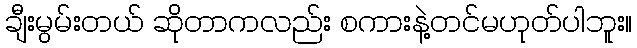
ချီးမွမ်းတယ် ဆိုတာကလည်း စကားနဲ့တင်မဟုတ်ပါဘူး။